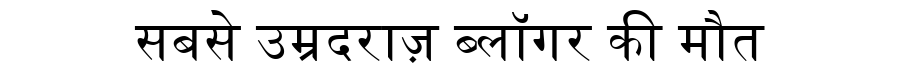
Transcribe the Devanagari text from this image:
सबसे उम्रदराज़ ब्लॉगर की मौत